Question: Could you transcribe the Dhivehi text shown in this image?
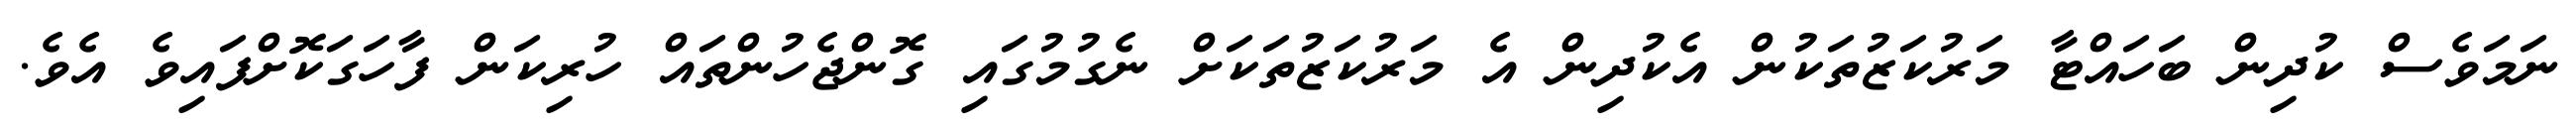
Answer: ނަމަވެސް ކުދިން ބަހައްޓާ މަރުކަޒުތަކުން އެކުދިން އެ މަރުކަޒުތަކަށް ނެގުމުގައި ގޮންޖެހުންތައް ހުރިކަން ފާހަގަކޮށްފައިވެ އެވެ.